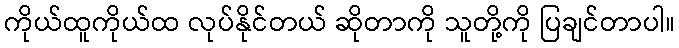
ကိုယ်ထူကိုယ်ထ လုပ်နိုင်တယ် ဆိုတာကို သူတို့ကို ပြချင်တာပါ။